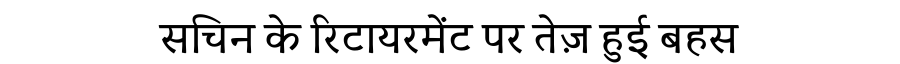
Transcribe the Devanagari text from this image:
सचिन के रिटायरमेंट पर तेज़ हुई बहस